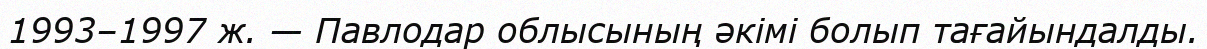
1993–1997 ж. — Павлодар облысының әкімі болып тағайындалды.